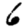
Digit: 6